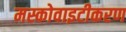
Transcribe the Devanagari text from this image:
मस्कोवाइटीकरण